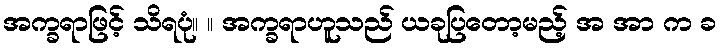
အက္ခရာဖြင့် သိရပုံ။ ။ အက္ခရာဟူသည် ယခုပြတော့မည့် အ အာ က ခ